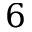
6